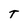
Character: T